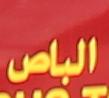
الباص